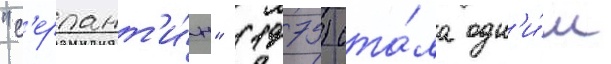
"с'ерпант'и́н" (1975) ста́ла одн'и́м